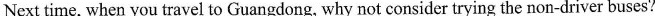
Next time, when you travel to Guangdong, Why not consider trying the non-driver buses？